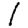
Digit: 1